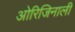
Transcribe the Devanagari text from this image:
ओरिजिनाली